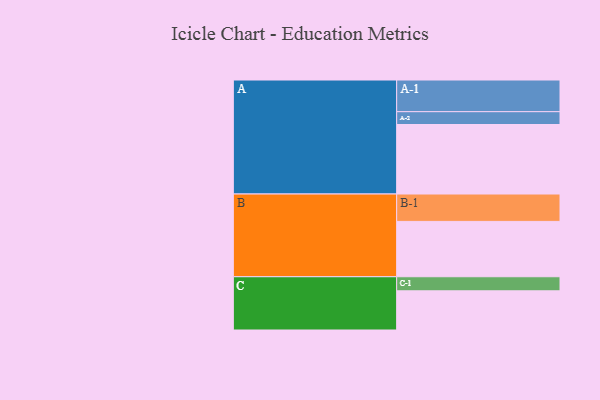
{"axis": {"x": "Segment", "y": "Value"}, "legend": ["", "A", "B", "C"], "data": [{"x": "A", "y": 564, "type": ""}, {"x": "B", "y": 449, "type": ""}, {"x": "C", "y": 318, "type": ""}, {"x": "A-1", "y": 257, "type": "A"}, {"x": "A-2", "y": 104, "type": "A"}, {"x": "B-1", "y": 222, "type": "B"}, {"x": "C-1", "y": 114, "type": "C"}]}